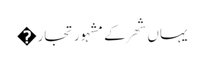
یہاں شھر کے مشہور تجار�